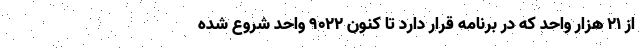
از ۲۱ هزار واحد که در برنامه قرار دارد تا کنون ۹۰۲۲ واحد شروع شده